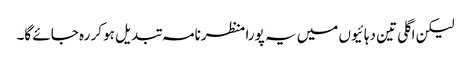
لیکن اگلی تین دہائیوں میں یہ پورا منظرنامہ تبدیل ہو کر رہ جائے گا۔